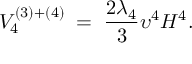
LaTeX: V _ { 4 } ^ { ( 3 ) + ( 4 ) } \; = \; \frac { 2 \lambda _ { 4 } } { 3 } \upsilon ^ { 4 } H ^ { 4 } .